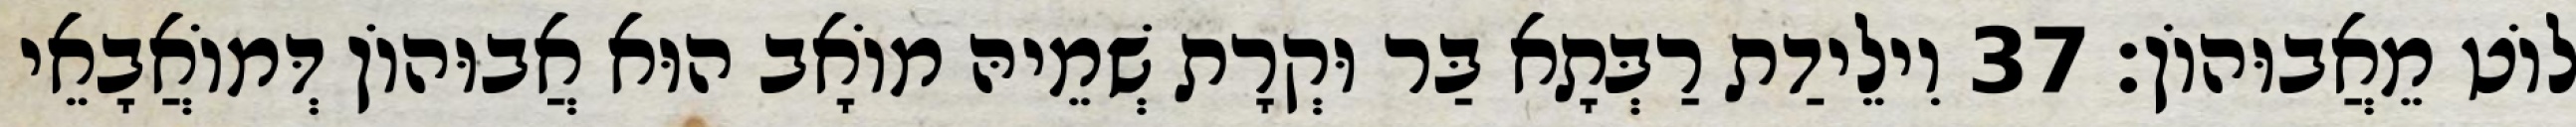
לוֹט מֵאֲבוּהוֹן׃ 37 וִילֵידַת רַבְּתָא בַּר וּקְרָת שְׁמֵיהּ מוֹאָב הוּא אֲבוּהוֹן דְּמוֹאֲבָאֵי